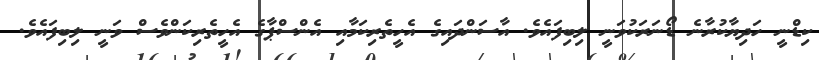
ކިޑްނީ ހަދިޔާކުރާނެ ޑޯނަރަކުވަނީ ލިބިފައެވެ. އާސަންދައިގެ އެހީތެރިކަމާއި އެންސްޕާގެ އެހީތެރިކަންވެސް ވަނީ ލިބިފައެވެ.